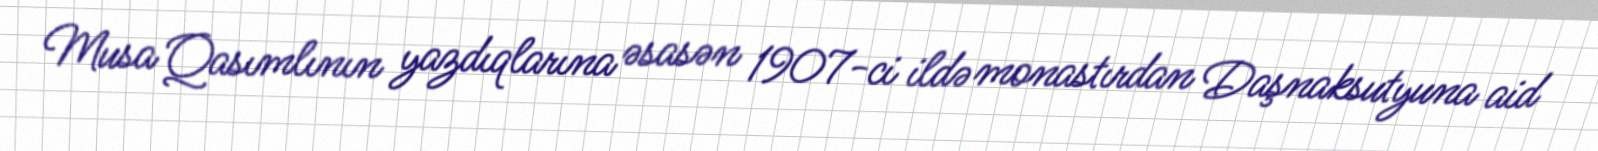
Musa Qasımlının yazdıqlarına əsasən 1907-ci ildə monastırdan Daşnaksutyuna aid